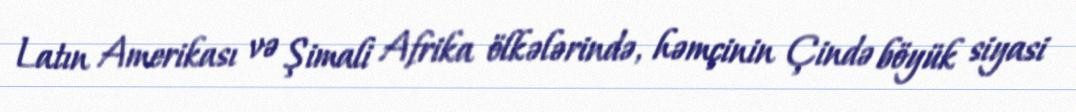
Latın Amerikası və Şimali Afrika ölkələrində, həmçinin Çində böyük siyasi